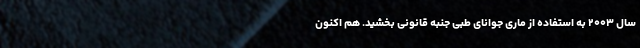
سال ۲۰۰۳ به استفاده از ماری جوانای طبی جنبه قانونی بخشید. هم اکنون